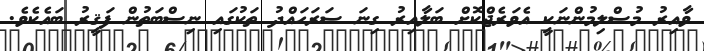
ވާއިރު މުސްލިމުންނަކީ އެވަރެޖްކޮށް ބަލާއިރު ގިނަ ސަރަހައްދު ތަކުގައި ނިސްބަތުން ފަޤީރު ބައެކެވެ.